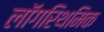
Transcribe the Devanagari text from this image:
लॉगरिथमिक